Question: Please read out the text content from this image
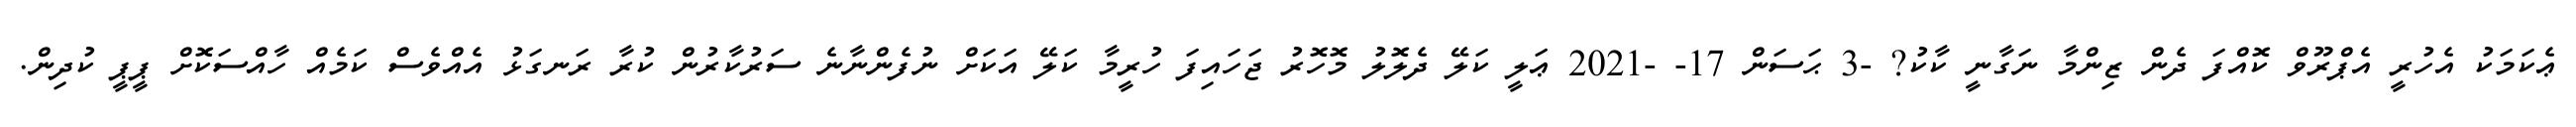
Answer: ޢެކަމަކު އެހުރީ އެޕްރޫވް ކޮއްފަ ދެން ޒިންމާ ނަގާނީ ކާކު? -3 ޙަސަން 17- -2021 ޢަލީ ކަލޭ ދެލޮލު މޮހޮރު ޖަހައިފަ ހުރީމާ ކަލޭ އަކަށް ނުފެންނާނެ ސަރުކާރުން ކުރާ ރަނގަޅު އެއްވެސް ކަމެއް ހާއްސަކޮށް ޕީޕީ ކުދިން.